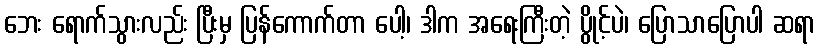
ဘေး ရောက်သွားလည်း ပြီးမှ ပြန်ကောက်တာ ပေါ့၊ ဒါက အရေးကြီးတဲ့ ပွိုင့်ပဲ၊ ပြောသာပြောပါ ဆရာ